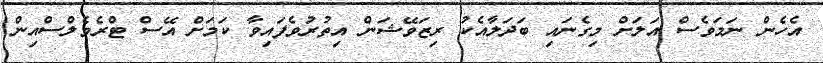
އެހެން ނަމަވެސް އަލަށް މިގެނައި ބަދަލާއެކު ރިޒަވޭޝަން އިތުރުވެފައިވާ ކަމަށް އޭސް ޓްރެވެލްސްއިން